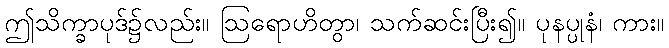
ဤသိက္ခာပုဒ်၌လည်း။ ဩရောဟိတွာ၊ သက်ဆင်းပြီး၍။ ပုနပ္ပုနံ၊ ကား။